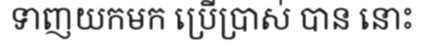
ទាញយកមក ប្រើប្រាស់ បាន នោះ